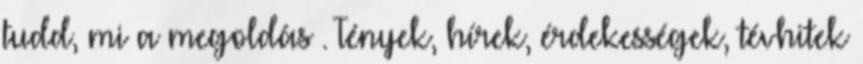
tudd, mi a megoldás . Tények, hírek, érdekességek, tévhitek